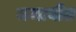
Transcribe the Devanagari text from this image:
जमावीत